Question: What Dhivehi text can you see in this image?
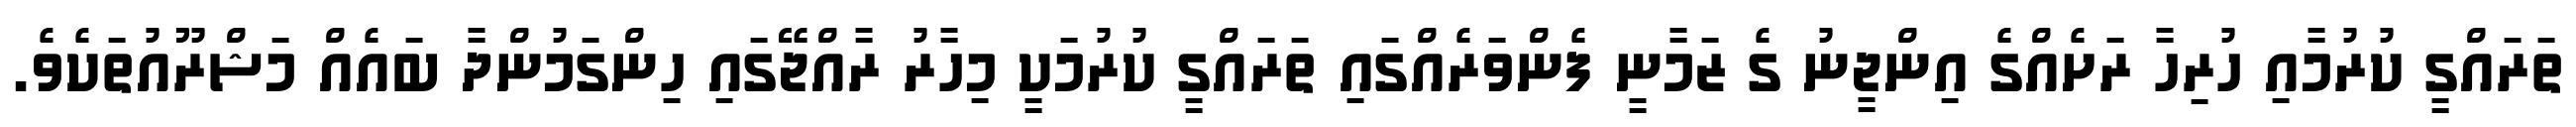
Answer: ތަރައްގީ ކުރުމާއި ހުރިހާ ރަށެއްގެ އިންޖީނު ގެ ޒަމާނީ ފެންވަރެއްގައި ތަރައްގީ ކުރުމަކީ މިހާރު ރާއްޖޭގައި ހިންގަމުންދާ ބައެއް މަޝްރޫއުތަކެވެ.